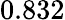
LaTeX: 0.832